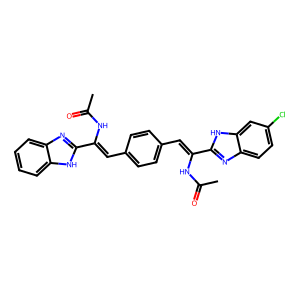
SMILES: CC(=O)NC(=Cc1ccc(C=C(NC(C)=O)c2nc3ccc(Cl)cc3[nH]2)cc1)c1nc2ccccc2[nH]1
Inhibits HIV replication: No